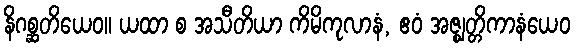
နိဂစ္ဆတိယေဝ။ ယထာ စ အသီတိယာ ကိမိကုလာနံ, ဧဝံ အဇ္ဈတ္တိကာနံယေဝ